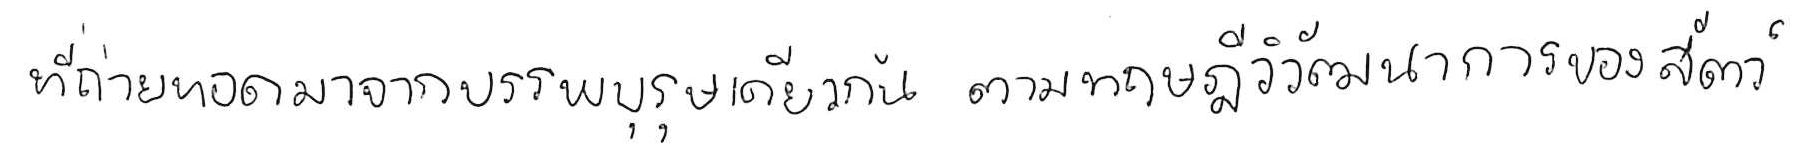
ที่ถ่ายทอดมาจากบรรพบุรุษเดียวกัน ตามทฤษฎีวิวัฒนาการของสัตว์